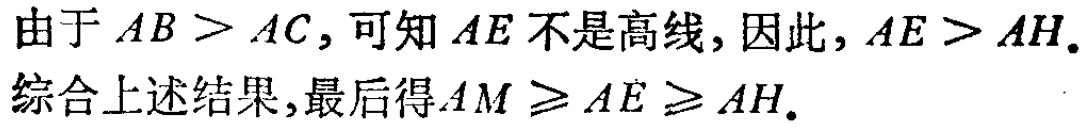
由于 \(AB > AC\)，可知 \(AE\) 不是高线，因此，\(AE > AH\).

综合上述结果，最后得 \(AM\geq AE\geq AH\).